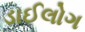
ડાઈલોગ